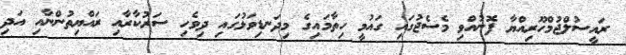
ރައީސުލްޖުމްހޫރިއްޔާ ފޮނުއްވި މެސެޖުގައި ގައުމީ ހިތާމައިގެ މިދަނޑިވަޅުގައި ދިވެހި ސަރުކާރާއި ރައްޔިތުންނާއި އަދި